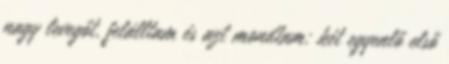
nagy levegőt, felálltam és azt mondtam: két egyenlő első